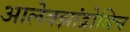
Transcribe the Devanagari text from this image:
आलेक्झांद्रोविच